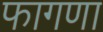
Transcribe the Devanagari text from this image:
फागणा